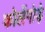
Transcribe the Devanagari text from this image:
कोलेंगोड़े